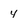
Character: y